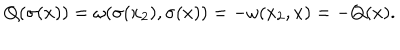
LaTeX: Q ( \sigma ( x ) ) = \omega ( \sigma ( x _ { 2 } ) , \sigma ( x ) ) = - \omega ( x _ { 2 } , x ) = - Q ( x ) .